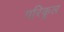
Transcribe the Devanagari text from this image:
परिकूल